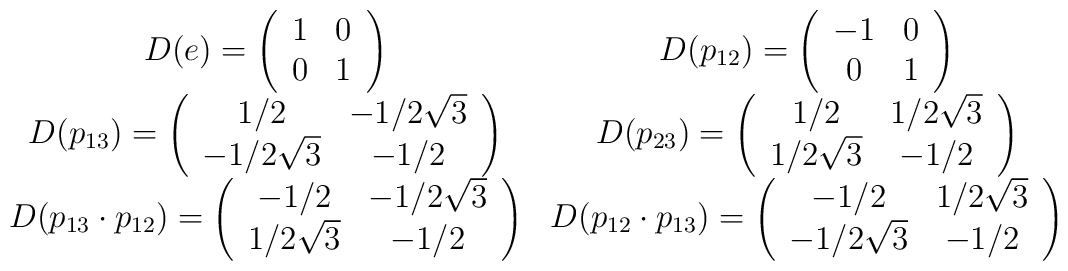
\begin{array}{cc}\def\arraystretch{1} D(e)=\left(\begin{array}{cc}1&0\\0&1\end{array}\right) &D(p_{12})=\left(\begin{array}{cc}-1&0\\0&1\end{array}\right)\\ D(p_{13})=\left(\begin{array}{cc}1/2&-1/2\sqrt{3}\\-1/2\sqrt{3}&-1/2\end{array}\right) &D(p_{23})=\left(\begin{array}{cc}1/2&1/2\sqrt{3}\\1/2\sqrt{3}&-1/2\end{array}\right) \\D(p_{13}\cdot p_{12})=\left(\begin{array}{cc}-1/2&-1/2\sqrt{3}\\1/2\sqrt{3}&-1/2\end{array}\right)& D(p_{12}\cdot p_{13})=\left(\begin{array}{cc}-1/2&1/2\sqrt{3}\\-1/2\sqrt{3}&-1/2\end{array}\right)\end{array}